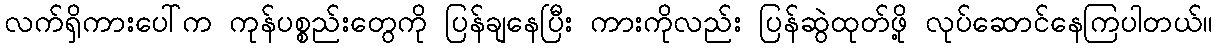
လက်ရှိကားပေါ်က ကုန်ပစ္စည်းတွေကို ပြန်ချနေပြီး ကားကိုလည်း ပြန်ဆွဲထုတ်ဖို့ လုပ်ဆောင်နေကြပါတယ်။